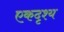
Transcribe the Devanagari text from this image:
एकदृश्य